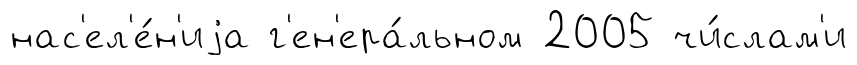
нас'ел'е́н'иjа г'ен'ера́льном 2005 чи́слам'и